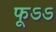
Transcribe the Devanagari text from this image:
फूऽऽ